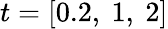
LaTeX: t=[0.2,\ 1,\ 2]